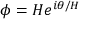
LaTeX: \phi = H e ^ { i \theta / H }